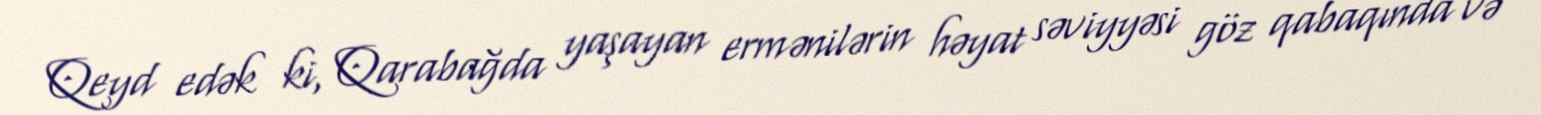
Qeyd edək ki, Qarabağda yaşayan ermənilərin həyat səviyyəsi göz qabaqında və